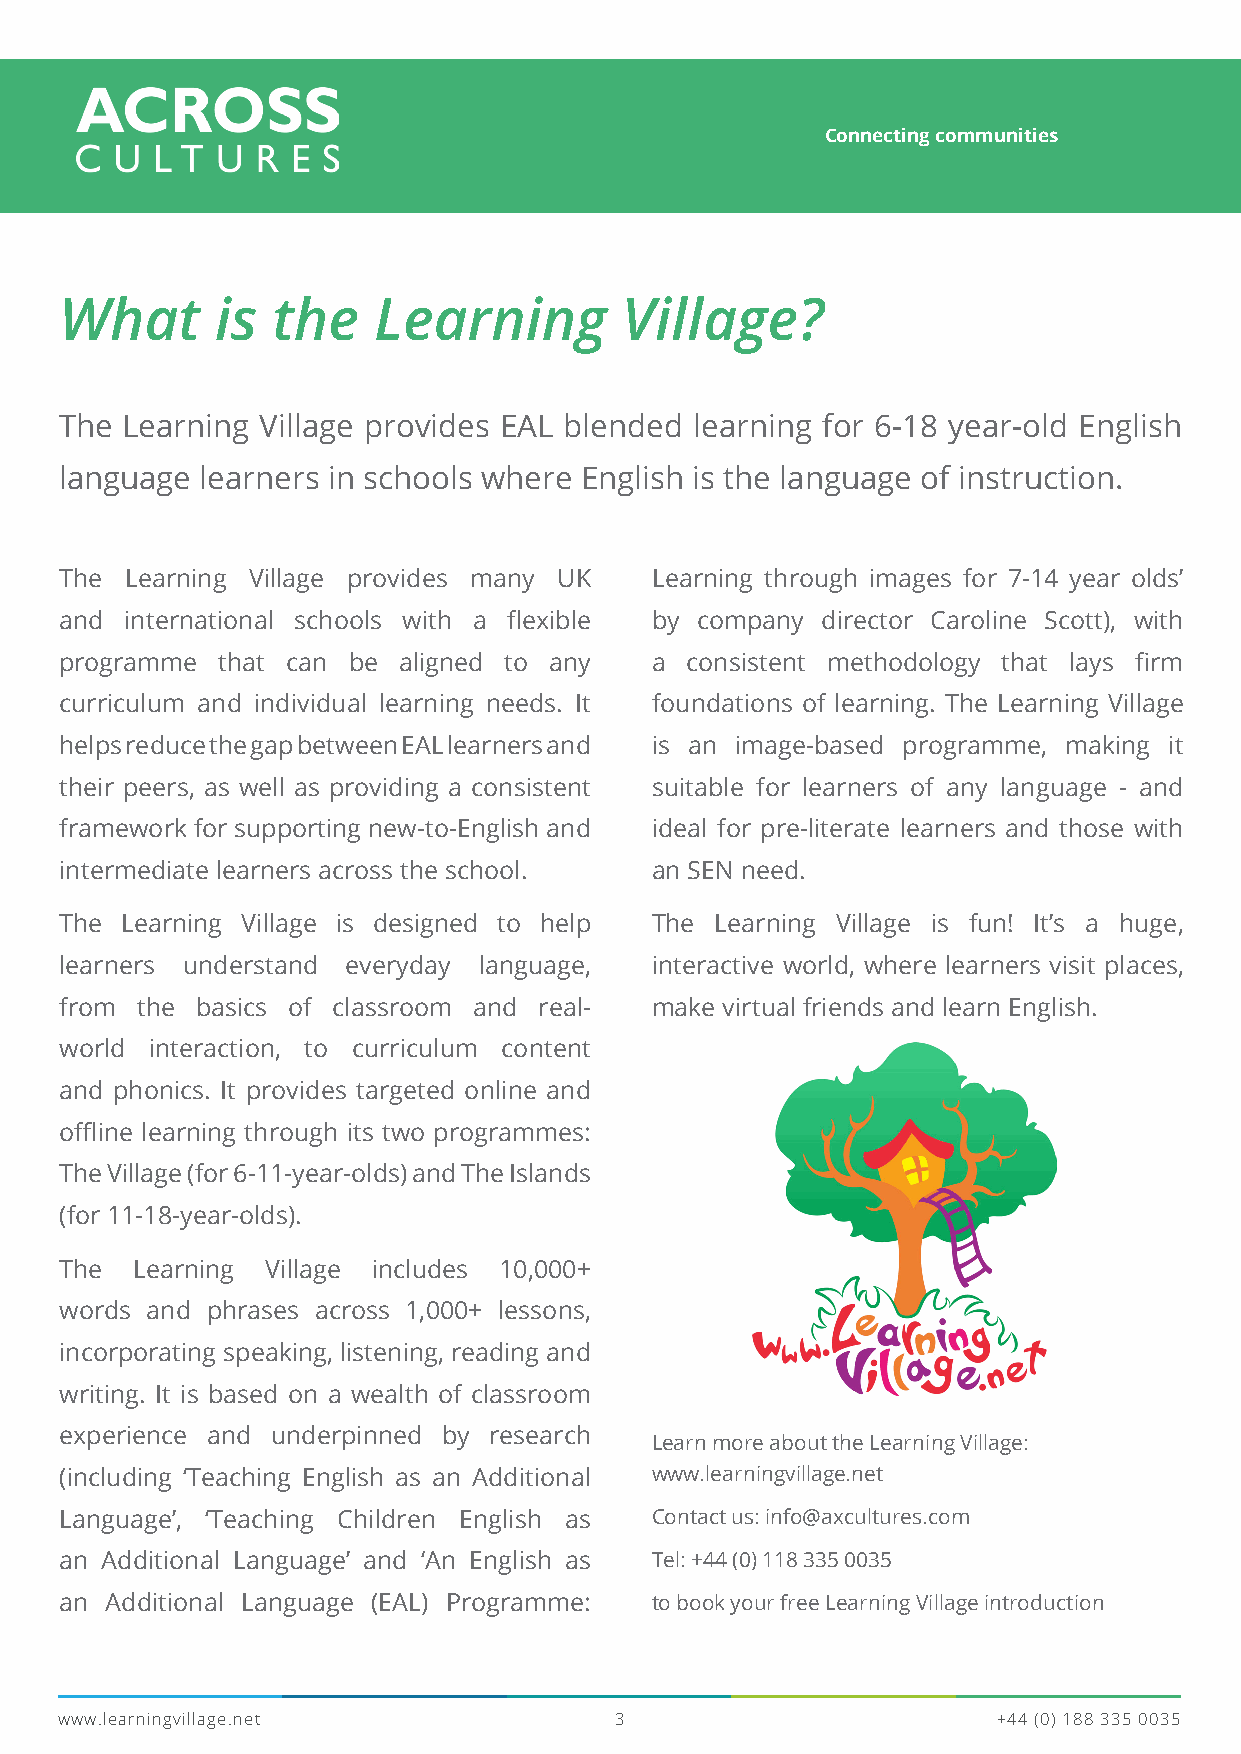
Connecting communities
 What      is  the    Learning        Village?
 The Learning Village provides EAL blended learning for 6-18 year-old English
 language learners in schools where English is the language of instruction.
 The Learning Village provides many UK  Learning through images for 7-14 year olds’
 and international schools with a flexible by company director Caroline Scott), with
 programme that can be aligned to any   a consistent methodology that lays firm
 curriculum and individual learning needs. It foundations of learning. The Learning Village
 helps reduce the gap between EAL learners and is an image-based programme, making it
 their peers, as well as providing a consistent suitable for learners of any language - and
 framework for supporting new-to-English and ideal for pre-literate learners and those with
 intermediate learners across the school. an SEN need.
 The Learning Village is designed to help The Learning Village is fun! It’s a huge,
 learners understand everyday language, interactive world, where learners visit places,
 from the basics of classroom and real- make virtual friends and learn English.
 world interaction, to curriculum content
 and phonics. It provides targeted online and
 offline learning through its two programmes:
 The Village (for 6-11-year-olds) and The Islands
 (for 11-18-year-olds).
 The  Learning Village includes 10,000+
 words and phrases across 1,000+ lessons,
 incorporating speaking, listening, reading and
 writing. It is based on a wealth of classroom
 experience and underpinned by research
 Learn more about the Learning Village:
 (including ‘Teaching English as an Additional www.learningvillage.net
 Language’, ‘Teaching Children English as Contact us: info@axcultures.com
 an Additional Language’ and ‘An English as Tel: +44 (0) 118 335 0035
 an Additional Language (EAL) Programme: to book your free Learning Village introduction
 www.learningvillage.net              3                        +44 (0) 188 335 0035